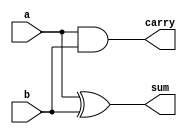
module half_adder_behavioral(
    input a,
    input b,
    output reg sum,
    output reg carry
);
    // Behavioral Style
    always @(a or b) begin 
        sum = a ^ b;
        carry = a & b;
    end
endmodule